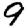
Digit: 9